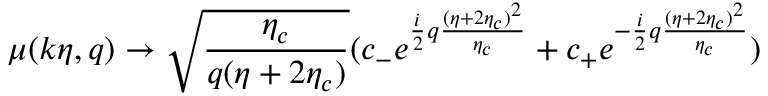
\mu ( k \eta , q ) \rightarrow \sqrt { \frac { \eta _ { c } } { q ( \eta + 2 \eta _ { c } ) } } ( c _ { - } e ^ { \frac { i } { 2 } q \frac { ( \eta + 2 \eta _ { c } ) ^ { 2 } } { \eta _ { c } } } + c _ { + } e ^ { - \frac { i } { 2 } q \frac { ( \eta + 2 \eta _ { c } ) ^ { 2 } } { \eta _ { c } } } )